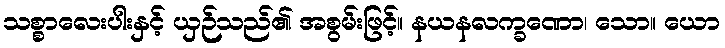
သစ္စာလေးပါးနှင့် ယှဉ်သည်၏ အစွမ်းဖြင့်။ နယနလက္ခဏော၊ သော။ ယော